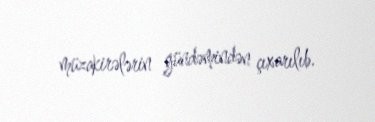
müzakirələrin gündəmindən çıxarılıb.